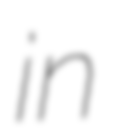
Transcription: in